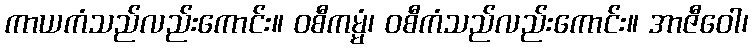
ကာယကံသည်လည်းကောင်း။ ဝစီကမ္မံ၊ ဝစီကံသည်လည်းကောင်း။ အာဇီဝေါ၊